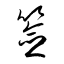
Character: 簽